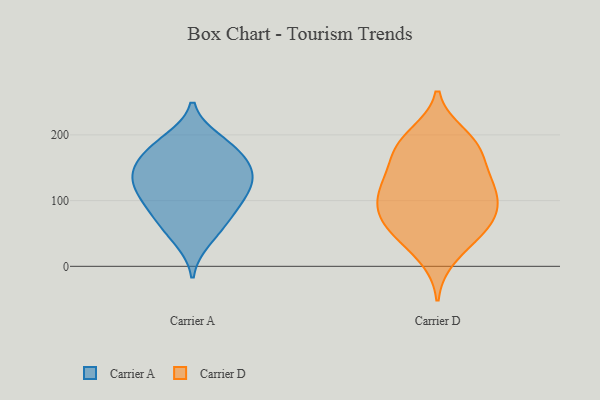
{"axis": {"x": "Inventory Turnover", "y": "Value"}, "legend": ["Carrier A", "Carrier D"], "data": [{"x": "", "y": 177, "type": "Carrier A"}, {"x": "", "y": 154, "type": "Carrier A"}, {"x": "", "y": 145, "type": "Carrier A"}, {"x": "", "y": 85, "type": "Carrier A"}, {"x": "", "y": 118, "type": "Carrier A"}, {"x": "", "y": 57, "type": "Carrier A"}, {"x": "", "y": 165, "type": "Carrier A"}, {"x": "", "y": 132, "type": "Carrier A"}, {"x": "", "y": 39, "type": "Carrier A"}, {"x": "", "y": 98, "type": "Carrier A"}, {"x": "", "y": 142, "type": "Carrier A"}, {"x": "", "y": 74, "type": "Carrier A"}, {"x": "", "y": 126, "type": "Carrier A"}, {"x": "", "y": 188, "type": "Carrier A"}, {"x": "", "y": 105, "type": "Carrier A"}, {"x": "", "y": 193, "type": "Carrier A"}, {"x": "", "y": 67, "type": "Carrier D"}, {"x": "", "y": 43, "type": "Carrier D"}, {"x": "", "y": 88, "type": "Carrier D"}, {"x": "", "y": 49, "type": "Carrier D"}, {"x": "", "y": 173, "type": "Carrier D"}, {"x": "", "y": 77, "type": "Carrier D"}, {"x": "", "y": 200, "type": "Carrier D"}, {"x": "", "y": 187, "type": "Carrier D"}, {"x": "", "y": 134, "type": "Carrier D"}, {"x": "", "y": 169, "type": "Carrier D"}, {"x": "", "y": 132, "type": "Carrier D"}, {"x": "", "y": 125, "type": "Carrier D"}, {"x": "", "y": 98, "type": "Carrier D"}, {"x": "", "y": 63, "type": "Carrier D"}, {"x": "", "y": 118, "type": "Carrier D"}, {"x": "", "y": 101, "type": "Carrier D"}, {"x": "", "y": 189, "type": "Carrier D"}, {"x": "", "y": 14, "type": "Carrier D"}]}